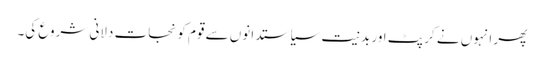
پھر انہوں نے کرپٹ اور بدنیت سیاستدانوں سے قوم کو نجات دلانی شروع کی۔